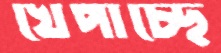
খেপাচ্ছে